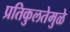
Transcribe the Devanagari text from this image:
प्रतिकुलतेमुळे